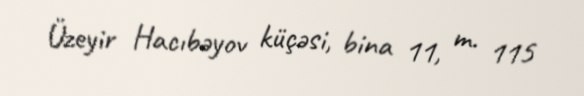
Üzeyir Hacıbəyov küçəsi, bina 11, m. 115